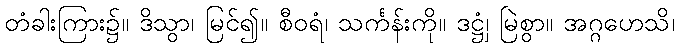
တံခါးကြား၌။ ဒိသွာ၊ မြင်၍။ စီဝရံ၊ သင်္ကန်းကို။ ဒဋ္ဌှံ၊ မြဲစွာ။ အဂ္ဂဟေသိ၊